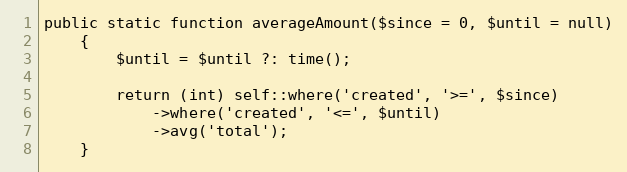
Language: PHP
public static function averageAmount($since = 0, $until = null)
    {
        $until = $until ?: time();

        return (int) self::where('created', '>=', $since)
            ->where('created', '<=', $until)
            ->avg('total');
    }